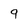
Character: 9